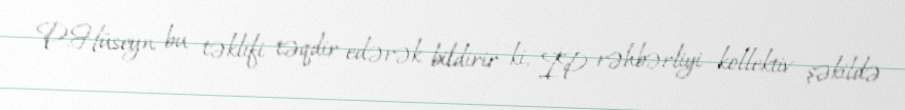
P.Hüseyn bu təklifi təqdir edərək bildirir ki, İP rəhbərliyi kollektiv şəkildə